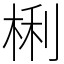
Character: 梸